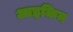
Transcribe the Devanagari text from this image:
आइकिन